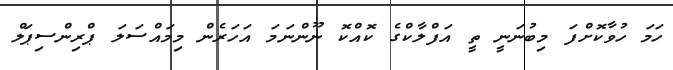
ހަމަ ހުވާކޮށްފަ މިބުނަނީ ތީ އަފްލާކްގެ ކޮއްކޮ ނޫންނަމަ އަހަރެން މިމައްސަލަ ޕްރިންސިޕަލް